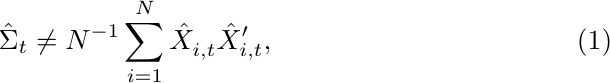
\begin{align}
\hat{\Sigma}_{t} & \ne N^{-1}\sum_{i=1}^{N}\hat{X}_{i,t}^{\vphantom{}}\hat{X}_{i,t}^{\prime},\label{eq:em-inconsistency}
\end{align}